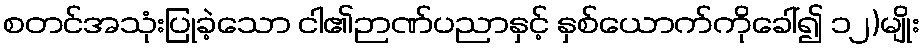
စတင်အသုံးပြုခဲ့သော ငါ၏ဉာဏ်ပညာနှင့် နှစ်ယောက်ကိုခေါ်၍ ၁၂)မျိုး